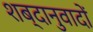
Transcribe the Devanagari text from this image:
शब्दानुवादों